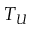
T _ { U }